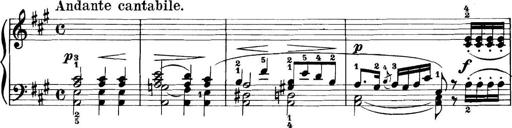
Title: 11 Sonatinas
Composer: Anton Diabelli